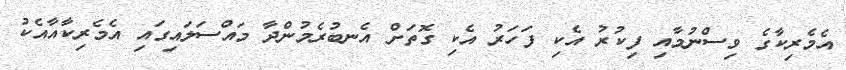
އެމެރިކާގެ ވިސްނުމާއި ފިކުރު އެކި ފަހަރު އެކި ގޮތަށް އެނބުރެމުންދާ މައްސަލައިގައި އެމެރިކާއާއެކު